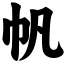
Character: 帆